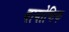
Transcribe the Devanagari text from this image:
बायोप्टिक